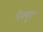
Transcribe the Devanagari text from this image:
पेश्यूर